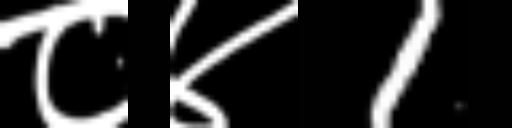
Text: ८४1